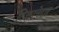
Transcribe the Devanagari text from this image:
ठिकानेदार